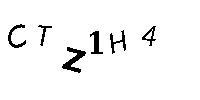
CTZ1H4